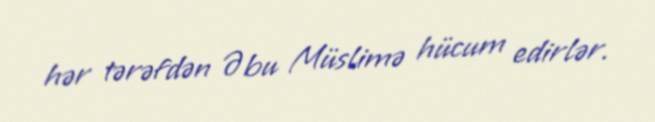
hər tərəfdən Əbu Müslimə hücum edirlər.